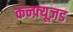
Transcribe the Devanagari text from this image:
कन्फ़्यूज़ड